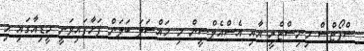
ސްޕޯޓްސް މިނިސްޓްރީ އާއި އެސްއެލްސީން މި މައްސަލަ ބަލަން ފަށާފައިވަނީ މީޑިއާގައި މި